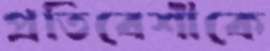
প্রতিবেশীকে